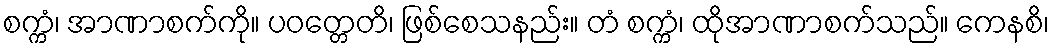
စက္ကံ၊ အာဏာစက်ကို။ ပဝတ္တေတိ၊ ဖြစ်စေသနည်း။ တံ စက္ကံ၊ ထိုအာဏာစက်သည်။ ကေနစိ၊